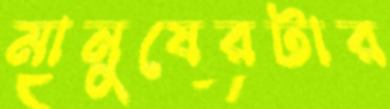
মানুষেরটার